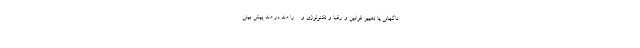
ناگهانی یا تغییر قوانین و رقبا و تکنولوژی و ... را صد در صد پیش بینی